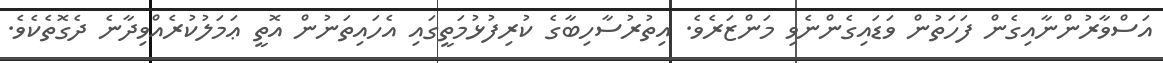
އަސްވާރުންނާއިގެން ފަހަތުން ވަޑައިގެންނެވި މަންޒަރެވެ. އިތުރުސާހިބާގެ ކުރިފުޅުމަތީގައި އެހައިތަނުން އޮތީ ޢަމަލުކުރެއްވިދާނެ ދެގޮތެކެވެ.